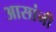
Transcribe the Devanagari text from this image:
आसांनी